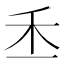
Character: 𥝍